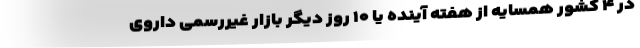
در ۴ کشور همسایه از هفته آینده یا ۱۰ روز دیگر بازار غیررسمی داروی